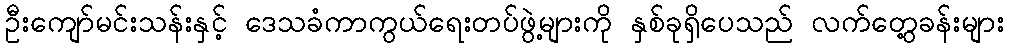
ဦးကျော်မင်းသန်းနှင့် ဒေသခံကာကွယ်ရေးတပ်ဖွဲ့များကို နှစ်ခုရှိပေသည် လက်တွေ့ခန်းများ